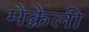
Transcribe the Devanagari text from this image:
मेक्नेली